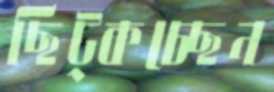
ছিট্‌কচ্ছেন